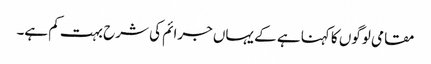
مقامی لوگوں کا کہنا ہے کے یہاں جرائم کی شرح بہت کم ہے۔